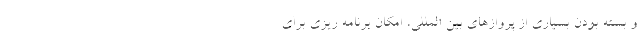
و بسته بودن بسیاری از پروازهای بین المللی، امکان برنامه ریزی برای